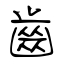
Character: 齒